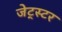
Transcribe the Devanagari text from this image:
जेट्स्टर